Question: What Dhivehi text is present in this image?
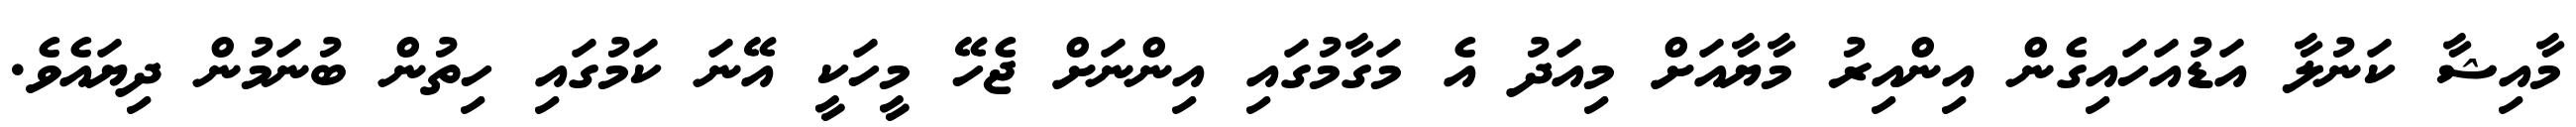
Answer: މާއިޝާ ކަނުލާ އަޑުއަހައިގެން އިންއިރު މާޔާއަށް މިއަދު އެ މަގާމުގައި އިންނަށް ޖެހޭ މީހަކީ އޭނަ ކަމުގައި ހިތުން ބުނަމުން ދިޔައެވެ.